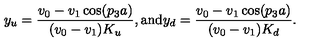
y _ { u } = \frac { v _ { 0 } - v _ { 1 } \cos ( p _ { 3 } a ) } { ( v _ { 0 } - v _ { 1 } ) K _ { u } } , \mathrm { a n d } y _ { d } = \frac { v _ { 0 } - v _ { 1 } \cos ( p _ { 3 } a ) } { ( v _ { 0 } - v _ { 1 } ) K _ { d } } .